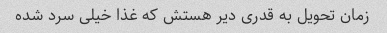
زمان تحویل به قدری دیر هستش که غذا خیلی سرد شده